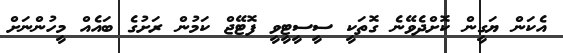
އެކަން ޔަގީން ކޮށްދެވޭނެ ގޮތަކީ ސީސީޓީވީ ފޮޓޭޖް ކަމުން ރަށުގެ ބައެއް މީހުންނަށް